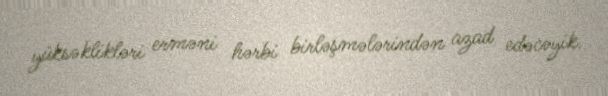
yüksəklikləri erməni hərbi birləşmələrindən azad edəcəyik.